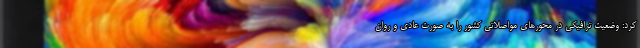
کرد: وضعیت ترافیکی در محورهای مواصلاتی کشور را به صورت عادی و روان